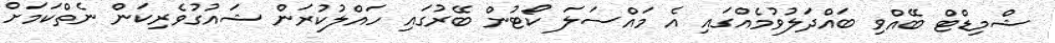
ޝްމިޑްޓް ބޭއްވި ބައްދަލުވުމެއްގައި އެ މައްސަލަ ކޯޓުން ބޭރުގައި ހައްލުކުރަން ޝައުގުވެރިކަން ނެތްކަމަށް